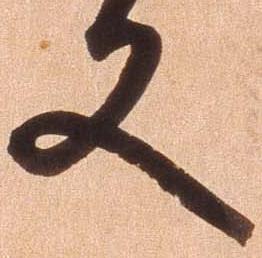
亦